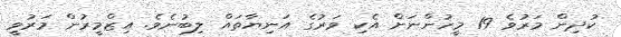
ކުދިން މަރުވެ 19 މީހުންނަށް އެކި ވަރުގެ އަނިޔާތައް ލިބުނެވެ. އިޒްމީރުން މަރުވީ